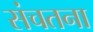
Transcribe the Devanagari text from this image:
संचतना